Newspaper: Lyon County times. [volume]
Place of publication: Silver City, Nev.
Publisher: Frank Kenyon
Date: 1895-06-15 00:00:00
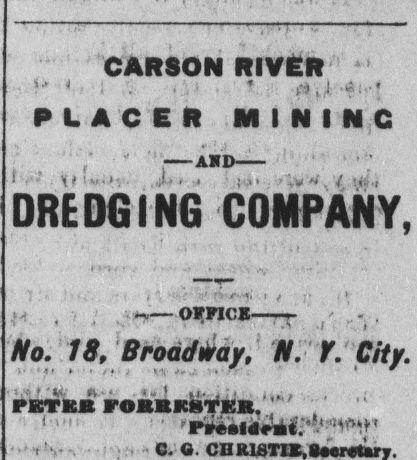
Advertisement text (OCR):
CARSON RIVER PLACER MINING — AMD— DREDGING COMPANY, w— — OFFICE-r / ' - , No. 18P Broadway, N. Y. City. • *■ * *»_} if* jij ,,. , PBTBB FOBBKBTKR. 6. O.
Label: text-only